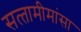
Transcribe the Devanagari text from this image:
सत्‍तामीमांसा